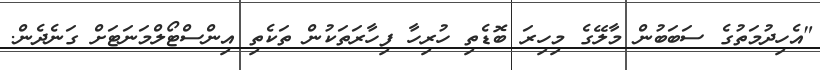
"އެހިދުމަތުގެ ސަބަބުން މާލޭގެ މިހިރަ ބޮޑެތި ހުރިހާ ފިހާރަތަކުން ތަކެތި އިންސްޓޯލްމަނަޓަށް ގަނެދެން.